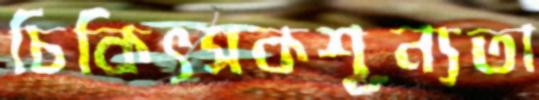
চিকিৎসকশূন্যতা